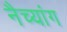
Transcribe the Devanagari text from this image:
नैच्यांग